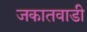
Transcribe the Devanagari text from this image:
जकातवाडी